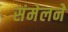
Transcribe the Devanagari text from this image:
संमेलनेे